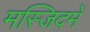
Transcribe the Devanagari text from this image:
मस्जिदमें